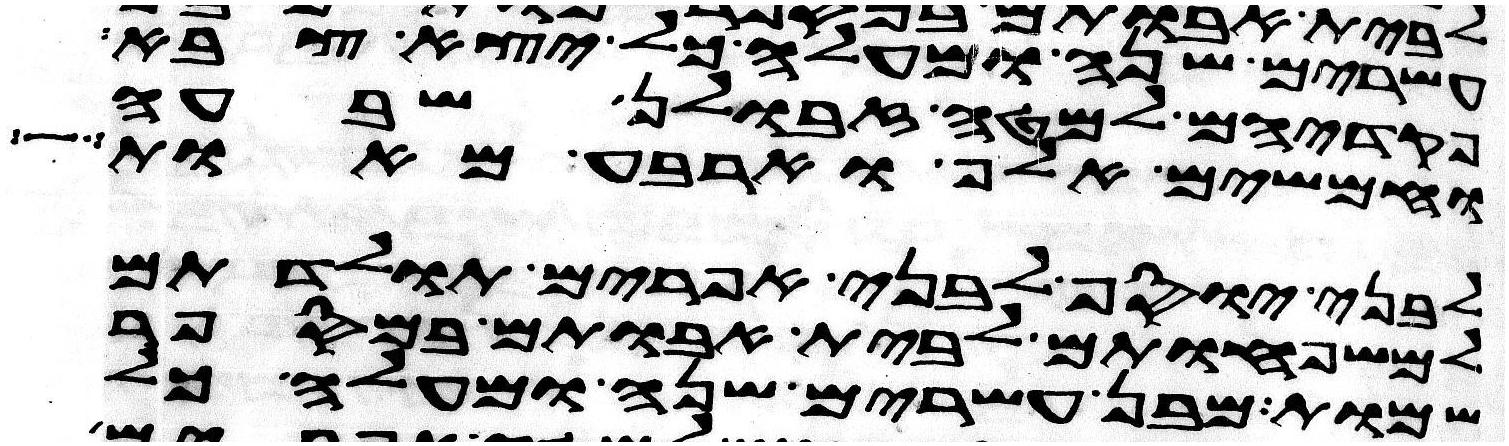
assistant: עשרים שנה ומעלה כל יצא צבא
פקדיהם למטה זבולן שבעה
וחמשים אלף וארבע מאות
לבני יוסף לבני אפרים תולדתם
למשפחותם לבית אבותם במספר
שמות מבן עשרים שנה ומעלה כל